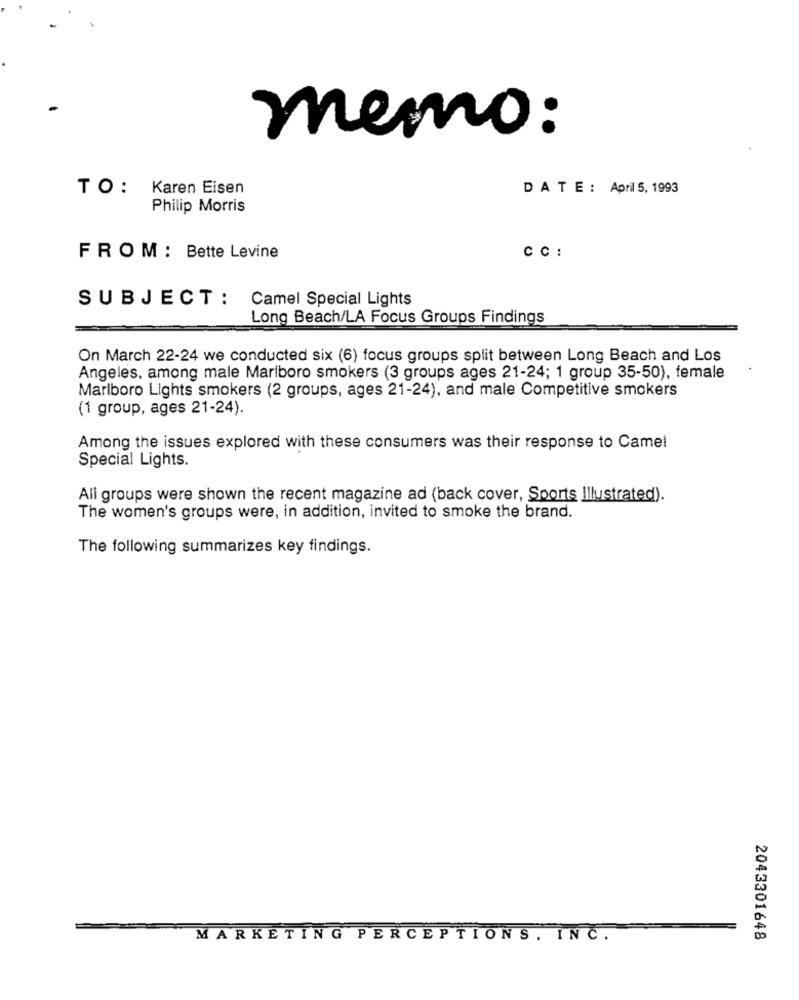
memo:
TO: Karen Eisen
DATE : April 5, 1993
Philip Morris
CC:
FROM : Bette Levine
SUBJECT : Camel Special Lights
Long Beach/LA Focus Groups Findings
On March 22-24 we conducted six (6) focus groups split between Long Beach and Los
Angeles, among male Marlboro smokers (3 groups ages 21-24; 1 group 35-50), female
Marlboro Lights smokers (2 groups, ages 21-24), and male Competitive smokers
(1 group, ages 21-24).
Among the issues explored with these consumers was their response to Camel
Special Lights.
All groups were shown the recent magazine ad (back cover, Sports illustrated).
The women's groups were, in addition, invited to smoke the brand.
The following summarizes key findings.
MARKETING PERCEPTIONS . INC.
2043301648